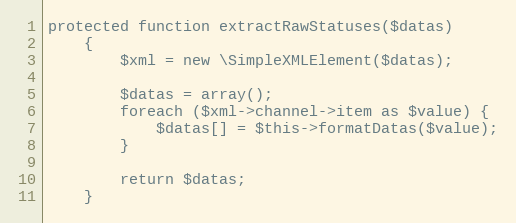
Language: PHP
protected function extractRawStatuses($datas)
    {
        $xml = new \SimpleXMLElement($datas);

        $datas = array();
        foreach ($xml->channel->item as $value) {
            $datas[] = $this->formatDatas($value);
        }

        return $datas;
    }